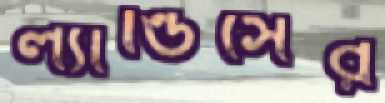
ল্যান্ডিসের